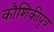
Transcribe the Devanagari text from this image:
कौशिकीपुत्र